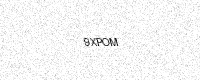
Text: 9XPOM